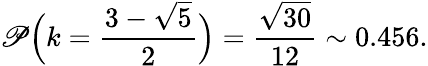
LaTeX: \mathscr{P}\Big(k=\frac{3-\sqrt{5}}{2}\Big)=\frac{\sqrt{30}}{12}\sim 0.456.